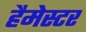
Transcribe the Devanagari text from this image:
हैमेस्टर